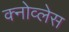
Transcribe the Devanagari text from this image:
क्नोव्लेस